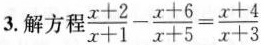
3.解方程 \frac{x+2}{x+1}- \frac{x+6}{x+5}= \frac{x+4}{x+3}